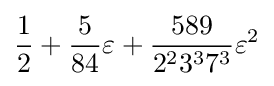
{\frac {1}{2}}+{\frac {5}{84}}\varepsilon +{\frac {589}{2^{2}3^{3}7^{3}}}\varepsilon ^{2}